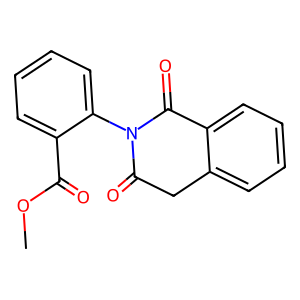
SMILES: COC(=O)c1ccccc1N1C(=O)Cc2ccccc2C1=O
Inhibits HIV replication: No